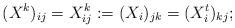
LaTeX: \begin{align*}(X^k)_{ij}=X^k_{ij}:=(X_i)_{jk}=(X_i^t)_{kj};\end{align*}